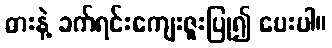
ဓားနဲ့ ခက်ရင်းကျေးဇူးပြု၍ ပေးပါ။